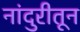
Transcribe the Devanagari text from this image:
नांदुरीतून